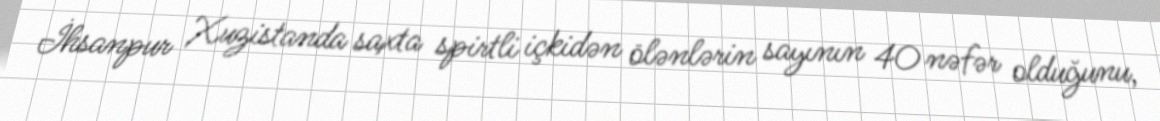
İhsanpur Xuzistanda saxta spirtli içkidən ölənlərin sayının 40 nəfər olduğunu,